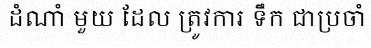
ដំណាំ មួយ ដែល ត្រូវការ ទឹក ជាប្រចាំ